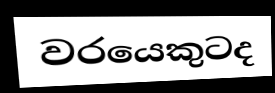
වරයෙකුටද